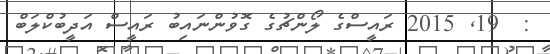
:  19